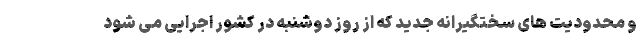
و محدودیت های سختگیرانه جدید که از روز دوشنبه در کشور اجرایی می شود